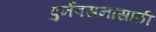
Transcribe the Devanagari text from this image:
पुर्नवसनासाठी